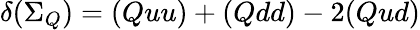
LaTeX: \delta({\Sigma_{Q}})=(Quu)+(Qdd)-2(Qud)